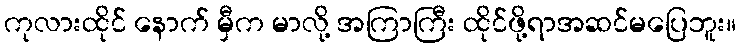
ကုလားထိုင် နောက် မှီက မာလို့ အကြာကြီး ထိုင်ဖို့ရာအဆင်မပြေဘူး။